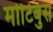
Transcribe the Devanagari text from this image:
मोटिबुस